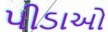
પીડાઓ